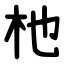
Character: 杝